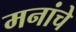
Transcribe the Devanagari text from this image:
मनांचे